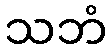
သဘံ